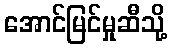
အောင်မြင်မှုဆီသို့